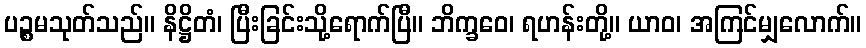
ပဉ္စမသုတ်သည်။ နိဋ္ဌိတံ၊ ပြီးခြင်းသို့ရောက်ပြီ။ ဘိက္ခဝေ၊ ရဟန်းတို့။ ယာဝ၊ အကြင်မျှလောက်။